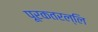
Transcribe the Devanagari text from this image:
पूरकतरल्लि